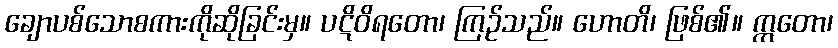
ချောပစ်သောစကားကိုဆိုခြင်းမှ။ ပဋိဝိရတော၊ ကြဉ်သည်။ ဟောတိ၊ ဖြစ်၏။ ဣတော၊